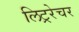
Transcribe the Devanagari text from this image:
लिट्ररेचर